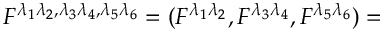
F ^ { \lambda _ { 1 } \lambda _ { 2 } , \lambda _ { 3 } \lambda _ { 4 } , \lambda _ { 5 } \lambda _ { 6 } } = ( F ^ { \lambda _ { 1 } \lambda _ { 2 } } , F ^ { \lambda _ { 3 } \lambda _ { 4 } } , F ^ { \lambda _ { 5 } \lambda _ { 6 } } ) =